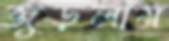
জুড়লাম